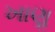
ખાણૢ